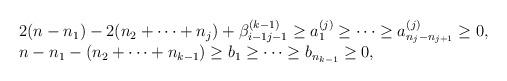
LaTeX: \begin{align*}\begin{array}{l}2(n-n_1 )-2(n_2 + \cdots + n_j )+\beta^{(k-1)}_{i-1 j-1}\geq a^{(j)}_1 \geq \cdots \geq a^{(j)}_{n_j -n_{j+1}}\geq 0, \\n-n_1 -(n_2 + \cdots +n_{k-1})\geq b_1 \geq \cdots \geq b_{n_{k-1}} \geq 0,\end{array}\end{align*}